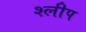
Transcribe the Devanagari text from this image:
श्लीप